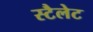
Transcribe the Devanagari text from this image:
स्टैलेट